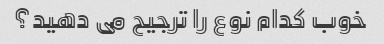
خوب کدام نوع را ترجیح می دهید؟